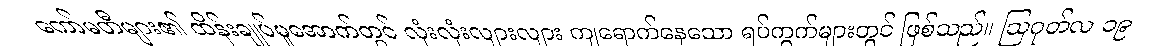
ကော်မတီများ၏ ထိန်းချုပ်မှုအောက်တွင် လုံးလုံးလျားလျား ကျရောက်နေသော ရပ်ကွက်များတွင် ဖြစ်သည်။ ဩဂုတ်လ ၁၉